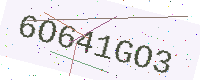
Text: 6O641GO3